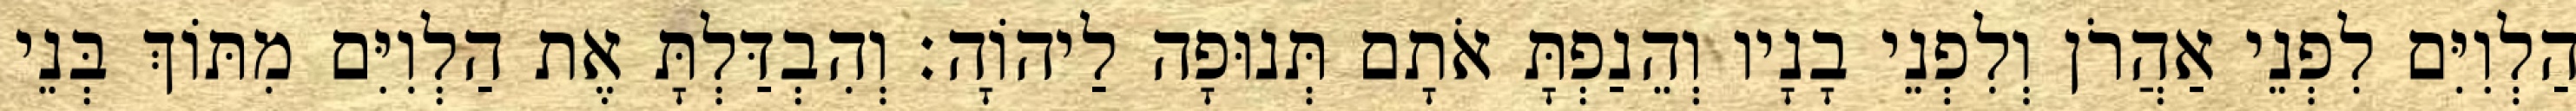
הַלְוִיִּם לִפְנֵי אַהֲרֹן וְלִפְנֵי בָנָיו וְהֵנַפְתָּ אֹתָם תְּנוּפָה לַיהוָֹה׃ וְהִבְדַּלְתָּ אֶת הַלְוִיִּם מִתּוֹךְ בְּנֵי